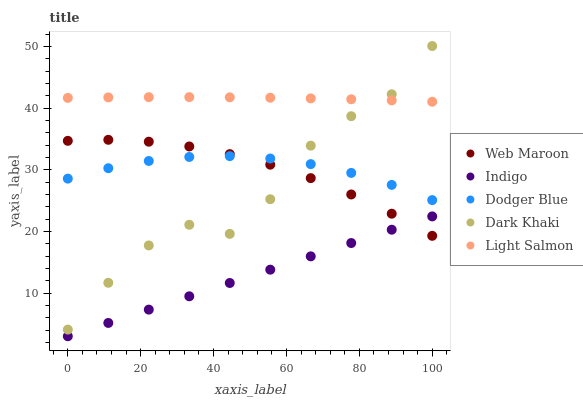
| xaxis_label | Web Maroon | Indigo | Dodger Blue | Dark Khaki | Light Salmon |
 | --- | --- | --- | --- | --- | --- |
 | 0 | 34.7 | 3 | 28.6 | 4.08 | 41.7 |
 | 11.1 | 34.9 | 5.16 | 30.3 | 11.7 | 41.8 |
 | 22.2 | 34.6 | 7.32 | 31.4 | 17.7 | 41.8 |
 | 33.3 | 33.8 | 9.48 | 32.1 | 21.1 | 41.8 |
 | 44.4 | 32.6 | 11.6 | 32.2 | 19.6 | 41.8 |
 | 55.6 | 30.8 | 13.8 | 31.8 | 25.2 | 41.7 |
 | 66.7 | 28.7 | 16 | 30.9 | 33.9 | 41.6 |
 | 77.8 | 26 | 18.1 | 29.5 | 38.7 | 41.5 |
 | 88.9 | 22.9 | 20.3 | 27.6 | 42.3 | 41.3 |
 | 100 | 19.3 | 22.4 | 25.1 | 50.1 | 41.1 |